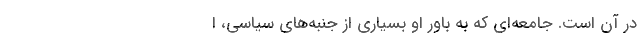
در آن است. جامعه‌ای ‌که‌ به باور او بسیاری‌ از جنبه‌های‌ سیاسی، ا